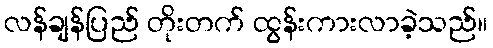
လန်ချန်ပြည် တိုးတက် ထွန်းကားလာခဲ့သည်။